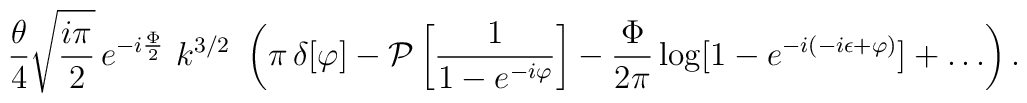
\frac{\theta}{4}\sqrt{\frac{i\pi}{2}} \,e^{ - i\frac{\Phi}{2}}\,\,  k^{3/2} \,\,\left( \pi\, \delta [\varphi] -{\cal P}\left[ \frac{1}{1-e^{-i \varphi}} \right] - \frac{\Phi}{2 \pi} \log [1 -  e^{-i(-i \epsilon + \varphi)}] +\dots\right).